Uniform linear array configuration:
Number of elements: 12
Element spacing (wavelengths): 0.75
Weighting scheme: exponential
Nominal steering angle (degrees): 15
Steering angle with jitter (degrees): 15.296
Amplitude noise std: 0.05
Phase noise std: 0.05

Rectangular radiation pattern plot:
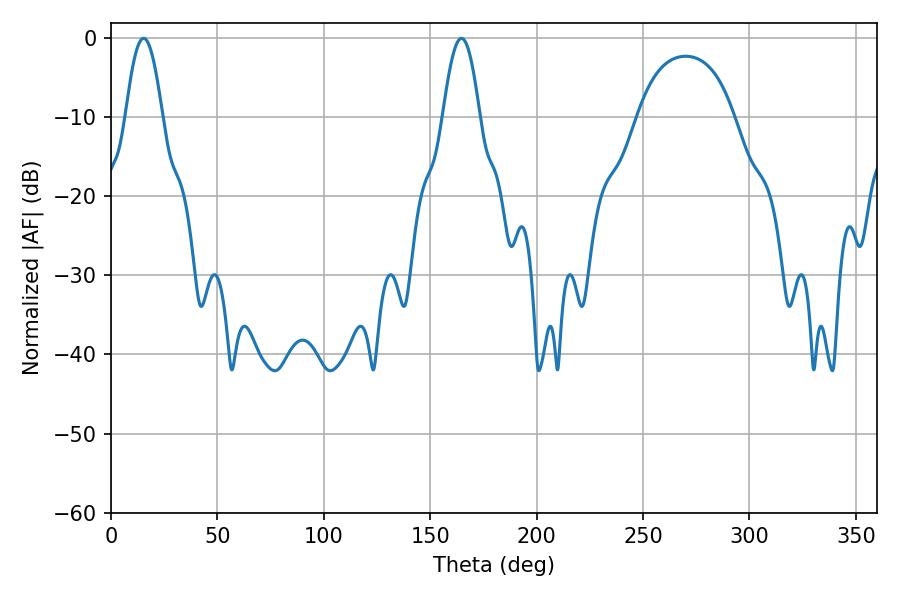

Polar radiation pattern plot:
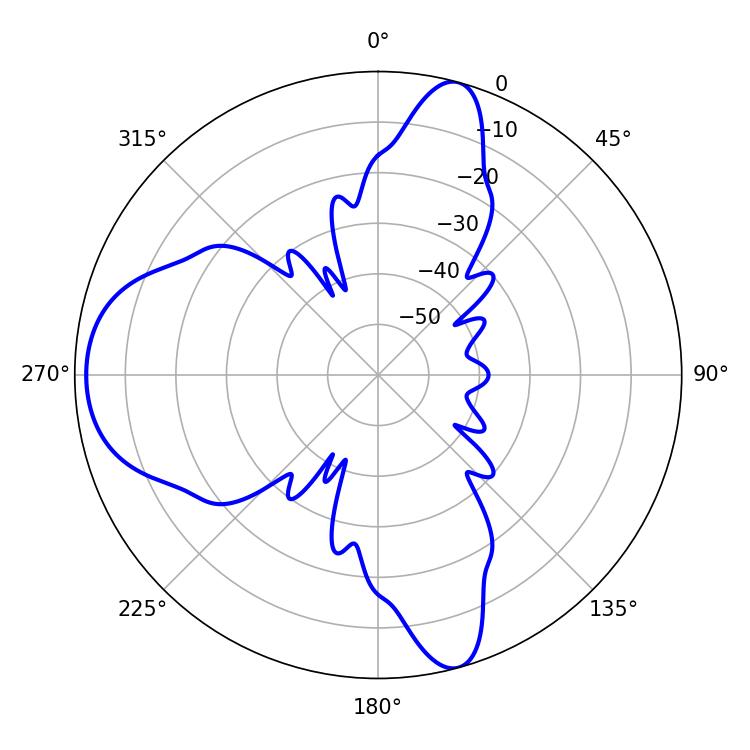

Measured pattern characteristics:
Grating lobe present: TRUE
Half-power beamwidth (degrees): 9.36
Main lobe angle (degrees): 15.3